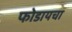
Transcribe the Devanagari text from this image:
फोडायचा